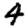
Digit: 4